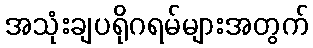
အသုံးချပရိုဂရမ်များအတွက်